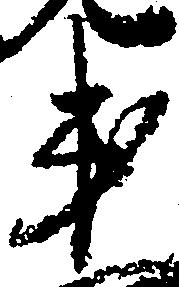
弟